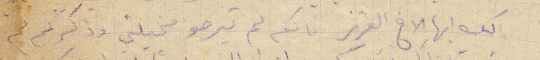
اكتاب أيها الأخ العزيز فانكم لم تيرحو مخيلتي وذكركم لم